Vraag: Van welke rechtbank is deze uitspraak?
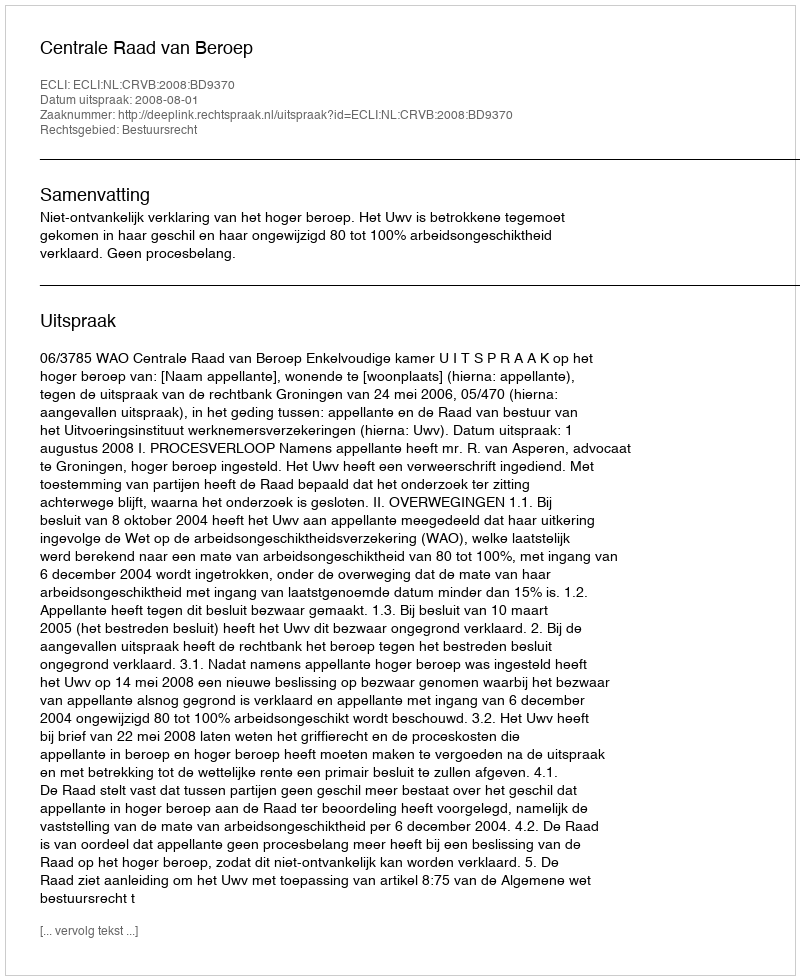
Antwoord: Centrale Raad van Beroep